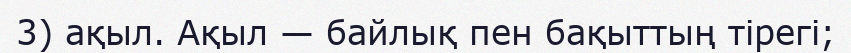
3) ақыл. Ақыл — байлық пен бақыттың тірегі;